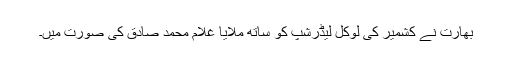
بھارت نے کشمیر کی لوکل لیڈرشپ کو ساتھ ملایا غلام محمد صادق کی صورت میں۔